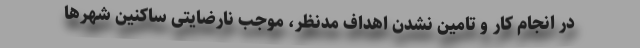
در انجام کار و تامین نشدن اهداف مدنظر، موجب نارضایتی ساکنین شهرها